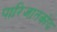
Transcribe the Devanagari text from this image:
पारिजातकोय